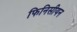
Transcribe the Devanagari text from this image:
फिनिसीयन